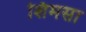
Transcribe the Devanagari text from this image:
शिमसा